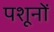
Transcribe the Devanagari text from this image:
पशूनों